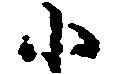
小